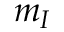
m _ { I }